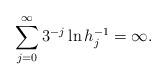
LaTeX: \begin{align*} \sum_{j=0}^{\infty} 3^{-j}\ln h^{-1}_{j}=\infty.\end{align*}